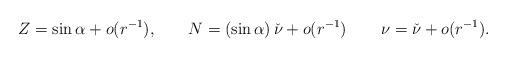
LaTeX: \begin{align*}Z & = \sin\alpha + o(r^{-1}), & N & = \left(\sin\alpha\right)\check{\nu} + o(r^{-1}) & \nu & = \check{\nu} + o(r^{-1}).\end{align*}